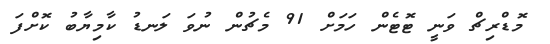
މޮޑްރިޗް ވަނީ ޓޮޓެން ހަމަށް 91 މެޗުން ނުވަ ލަނޑު ކާމިޔާބު ކޮށްފަ